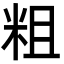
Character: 粗